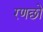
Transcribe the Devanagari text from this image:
रणछो